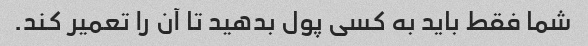
شما فقط باید به کسی پول بدهید تا آن را تعمیر کند.